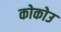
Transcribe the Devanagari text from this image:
कोकोउ